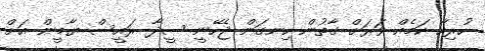
ހުރިހާ ކަމެއް ވަރަށް ގާތުން ހިނގަން ޖެހޭނީ ސީދާ ރައީސް ޔާމީން އަށް